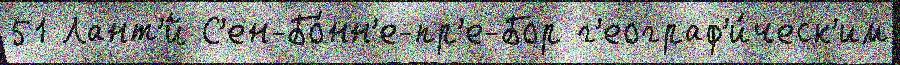
51 Лант'́й С'ен-Бо́нн'е-пр'е-Бор г'еограф'и́ческ'им